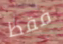
فقط